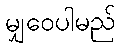
မျှဝေပါမည်